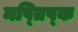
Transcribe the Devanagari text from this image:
मष्तिष्‍क